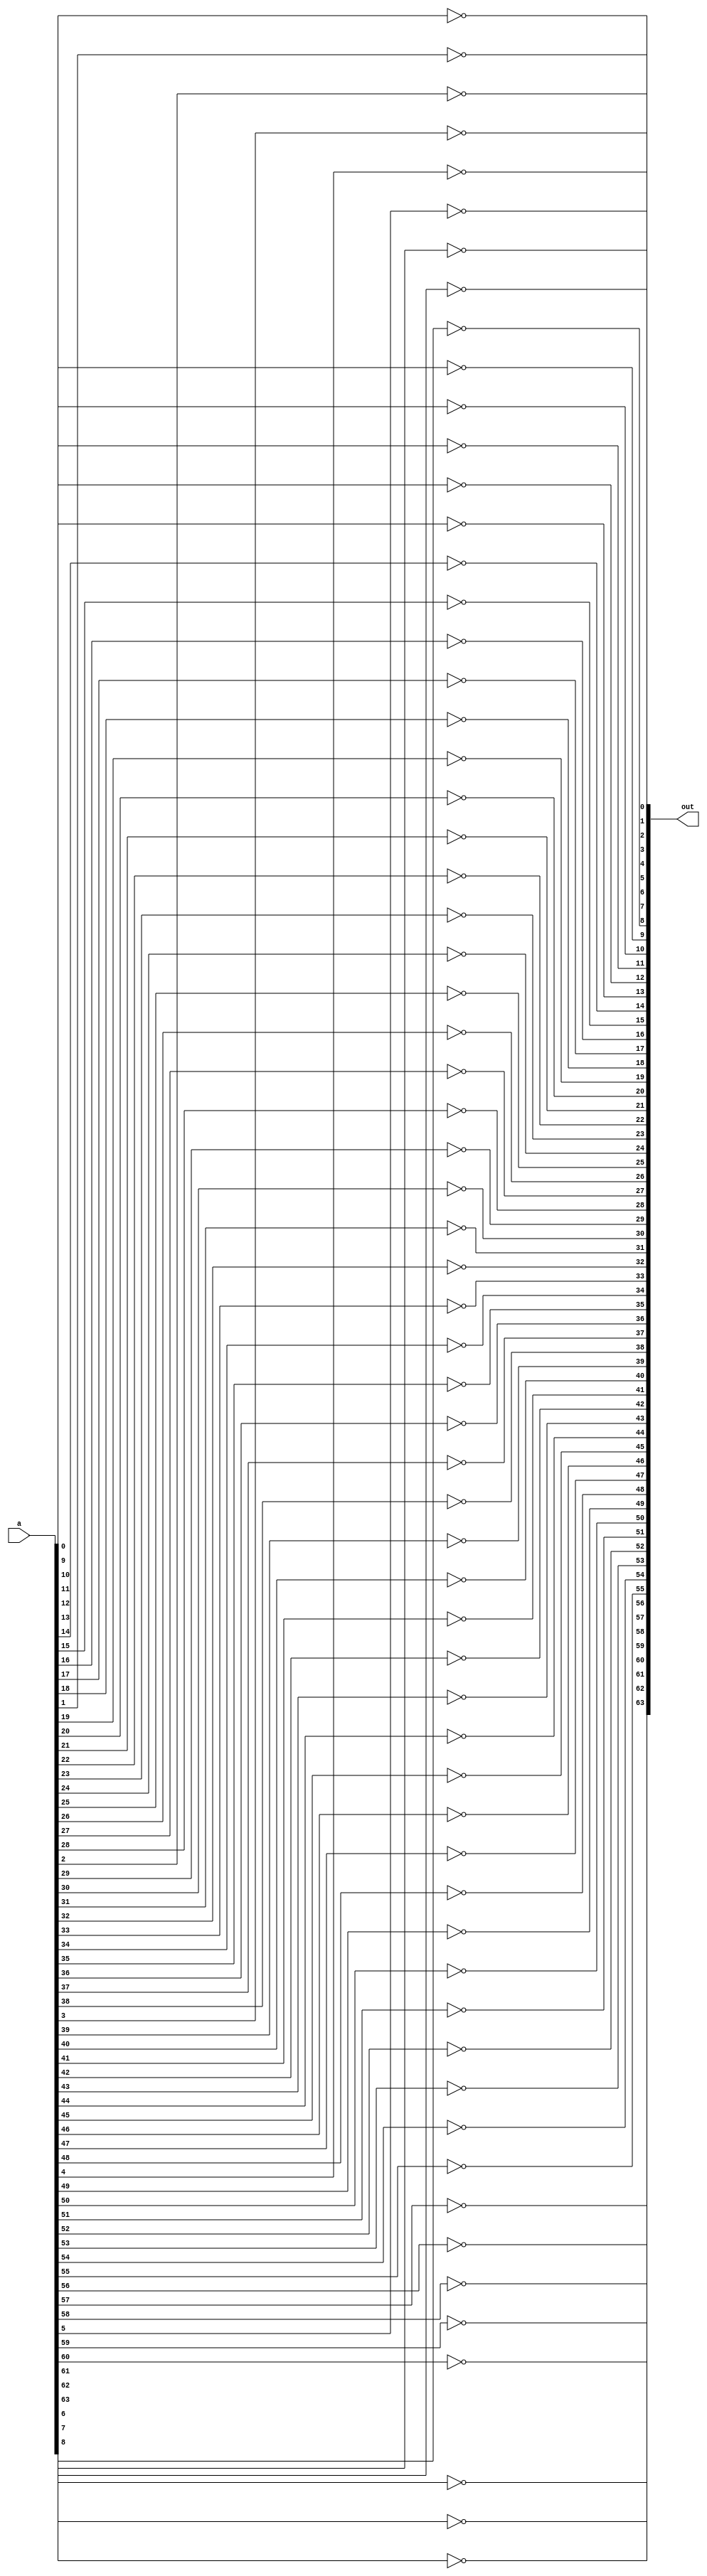
`timescale 1ns/1ps

// 64 bit NOT operation
module NOT_64(out, a);

    parameter n = 64;
    input signed[n-1:0] a;
    output signed[n-1:0] out;

    genvar i ;
    generate // Using generate statement to instantiate NOT gate 64 times to implement the 64 bit NOT operation
        for(i = 0; i<n; i =  i + 1)
        begin
            not n1(out[i], a[i]);
        end    
    endgenerate
    
endmodule